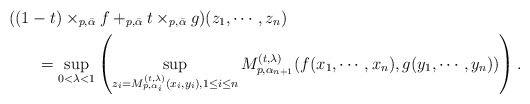
\begin{align*} &\!\!\!\!\!\!\!\!\!\!((1-t)\times_{p,\bar{\alpha}}f+_{p,\bar{\alpha}}t\times_{p,\bar{\alpha}}g) (z_1,\cdots, z_n)\\ &=\sup_{0<\lambda<1}\left( \sup_{z_i=M_{p,\alpha_i}^{(t,\lambda)}(x_i,y_i), 1\leq i\leq n} M_{p,\alpha_{n+1}}^{(t,\lambda)}(f(x_1,\cdots, x_n), g(y_1,\cdots, y_n))\right). \end{align*}